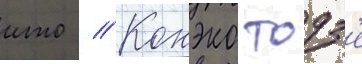
ито // Конэко тодз'е